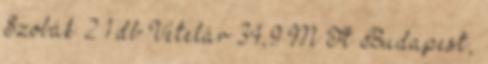
Szobák 2 1 db Vételár 34,9 M Ft Budapest,